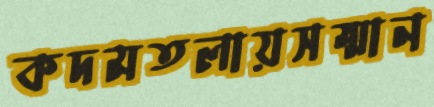
কদমতলায়সম্মান